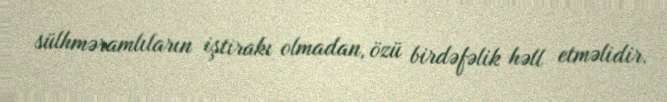
sülhməramlıların iştirakı olmadan, özü birdəfəlik həll etməlidir.